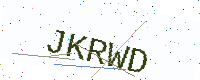
Text: JKRWD